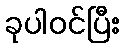
ခုပါဝင်ပြီး